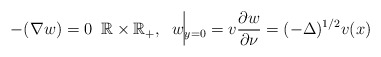
\begin{align*}-(\nabla w)=0 \; \; \mathbb{R}\times \mathbb{R}_+,\;\; w\vline_{y=0}=v\frac{\partial w}{\partial \nu}=(-\Delta)^{1/2} v(x) \end{align*}